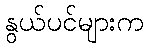
နွယ်ပင်များက